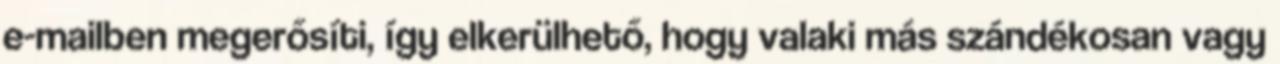
e-mailben megerősíti, így elkerülhető, hogy valaki más szándékosan vagy